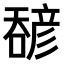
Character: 𫫹